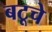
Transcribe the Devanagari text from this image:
बटूचे